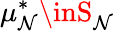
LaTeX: \mu_{\mathcal{N}}^{*}\inS_{\mathcal{N}}